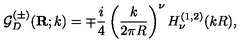
{ \mathcal G } _ { { D } } ^ { ( \pm ) } ( { \bf R } ; k ) = \mp \frac { i } { 4 } \left( \frac { k } { 2 \pi R } \right) ^ { \nu } H _ { \nu } ^ { ( 1 , 2 ) } ( k R ) ,